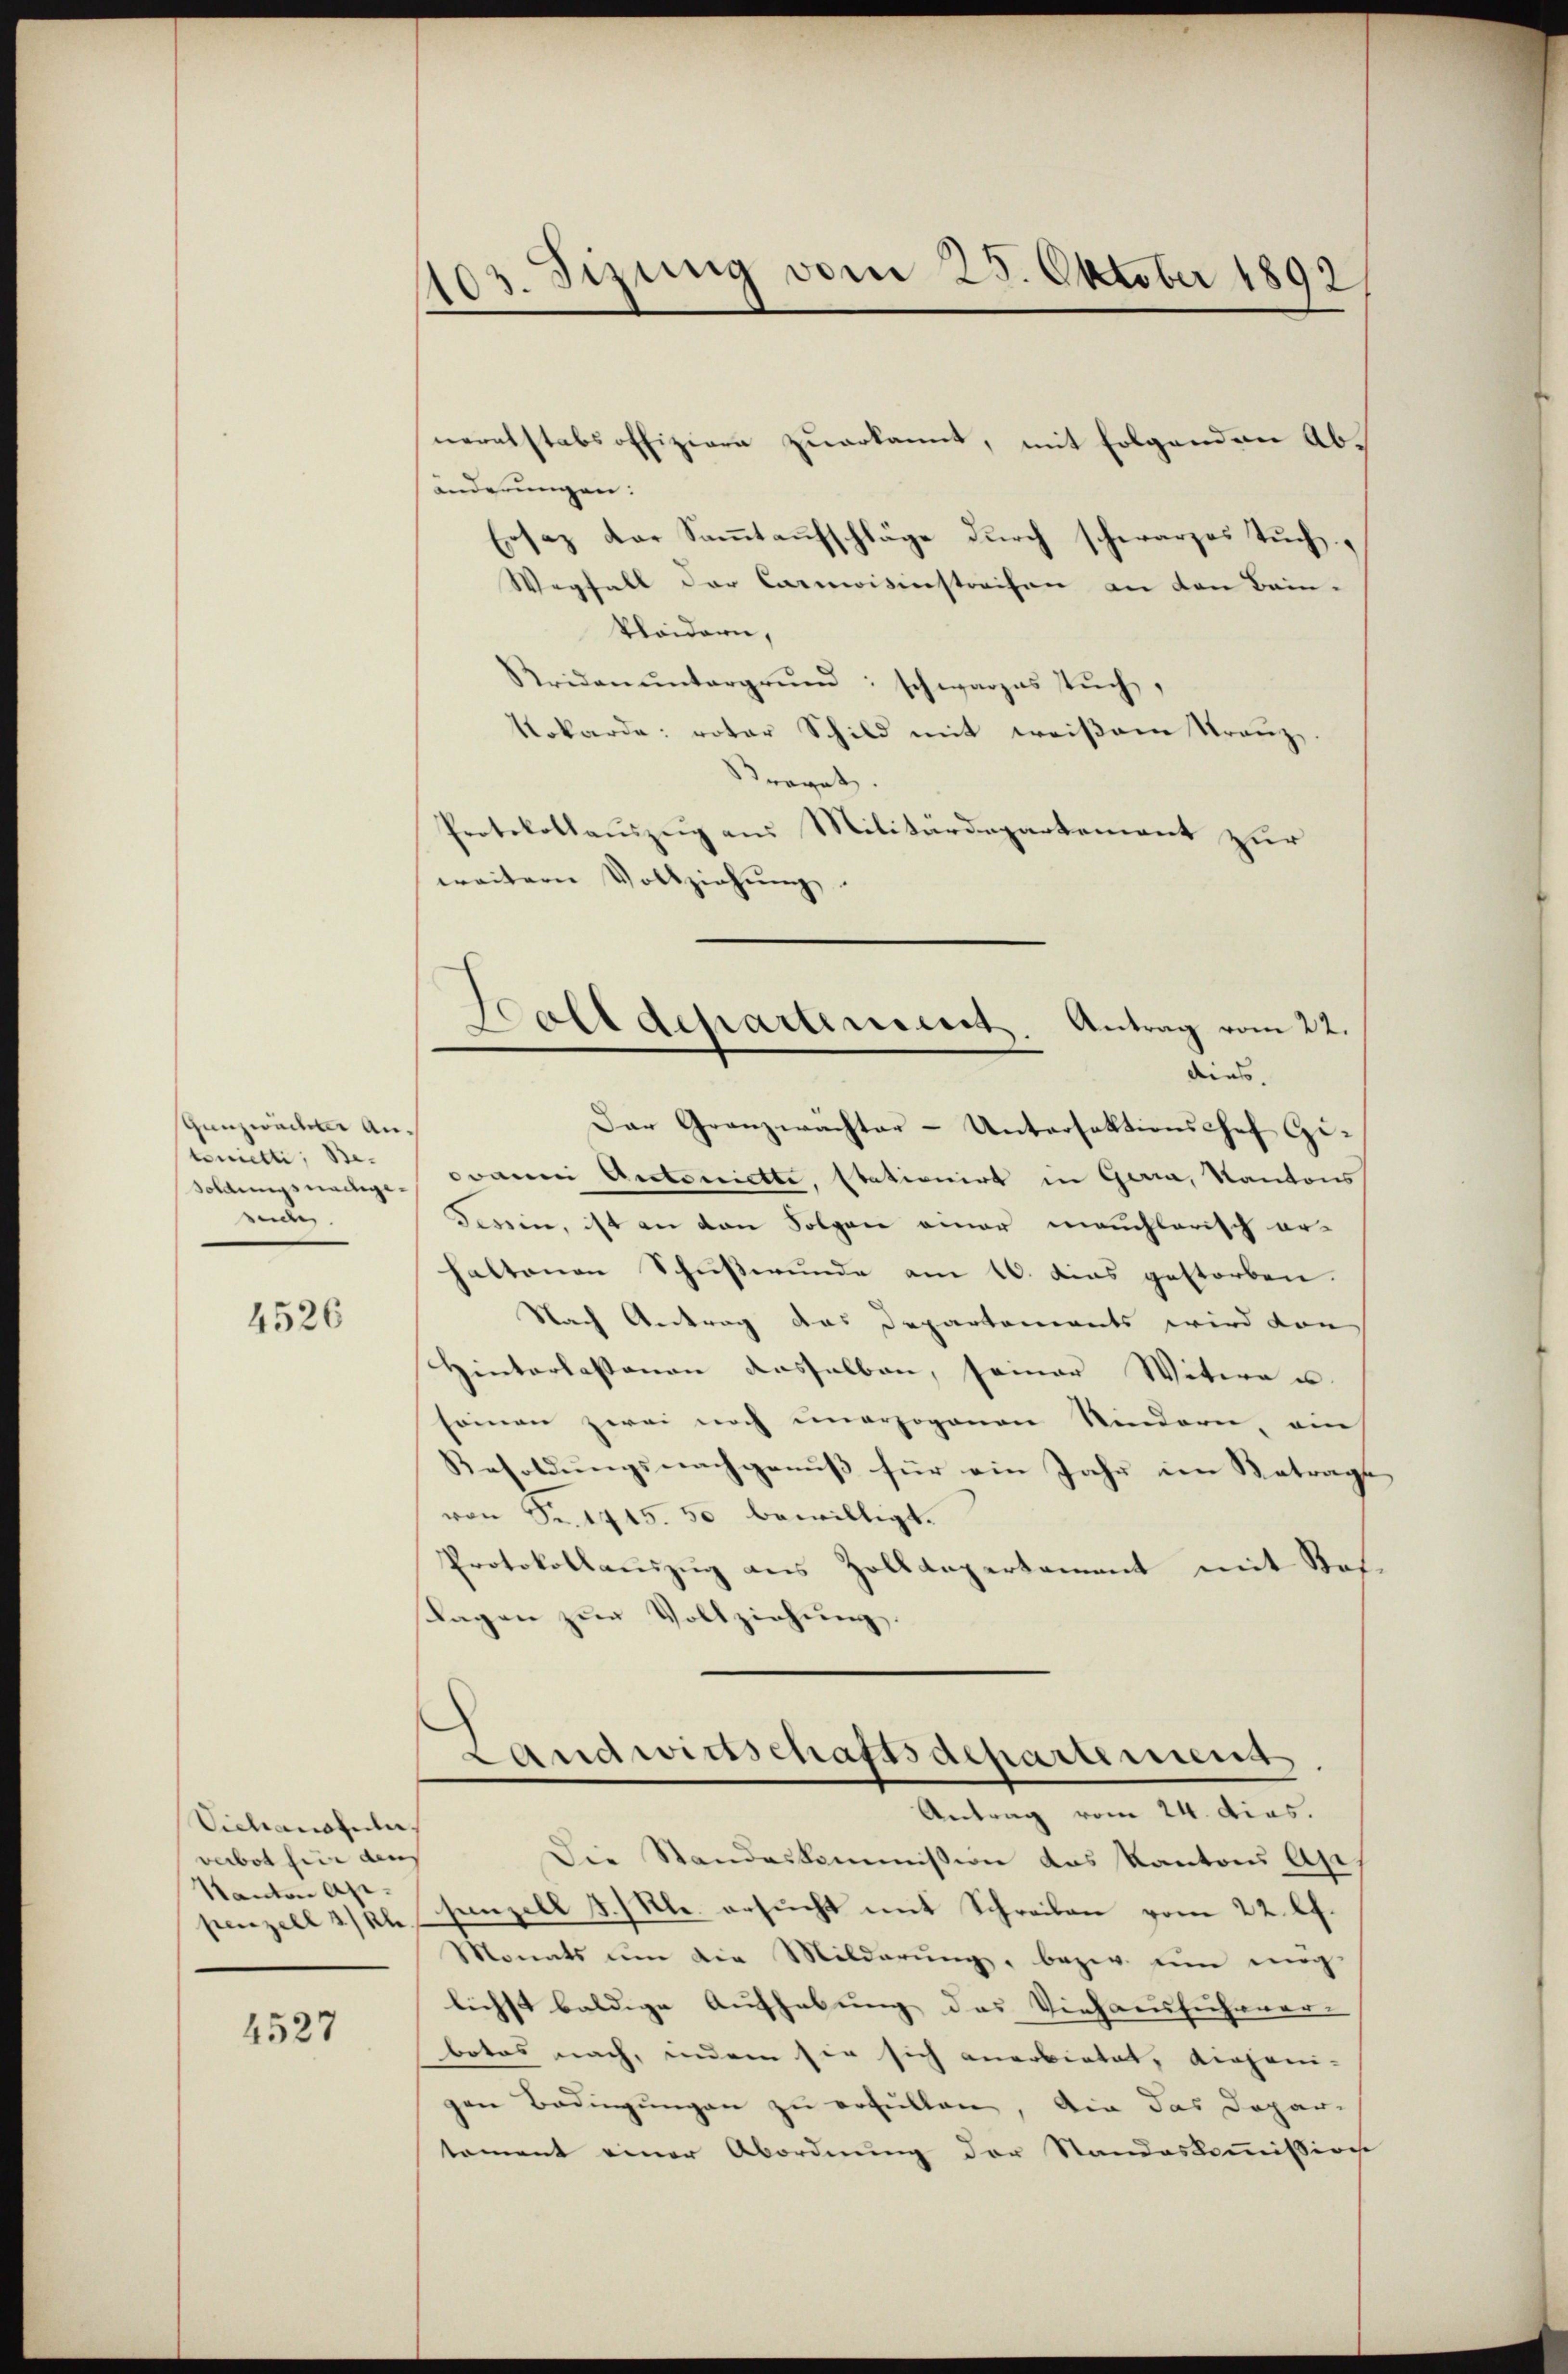
Ganzweiten Anterietti, Besoldungsnachgereide

4526

Vichanotuler,
verbot für den
Kanton Appenzell 3/ kle

4527

103. Sizung vom 25. Oktober 1892

Kalldepartement. Antrag vom 22.
dins.

neralstabsoffizieren zuerkannt, mit folgenden Abänderungen:
Ersatz der Sammtaufschläge durch schwarzes Tuch,
Wegfall der Carmoisinstreifen an den Bein-
klaidern,
Kridanŭntergrŭnd: schwarzes Tŭch,
Nobarde: votar Schild mit weißem Tranz,
Kraget.
Protokollauszug aus Militärdepartement zur
weitern Vollziehŭng.
Der Granzwachter-Unterfektionschef Giwann Antoniette, stationirt in Geria, Kantons
Tessin, ist an den Folgen einer manchlerisch erhaltenen Schußwunde am 16. dies gestorben.
Nach Antrag das Departements wird von
Hinterlassenen dasselben, seiner Witwe u.
sommen zwei noch unerzogenen Sindern, ein
Besoldungsnachgenuß für ein Jahr im Betrage
von Sr. 1445. 50 bewilligt.
Protokollauszug aus Zolldepertement mit Stof
lagen zur Vollziehung.
Landwirtschaftsdepartemens
Antrag vom 24. dies.
Die Standeskommission das Kantons Ap
senzell I. Kl. ersucht mit Schreiben vom 22. l.
Monats um die Milderung, bezw. um mög
lichst baldige Aufhebung des Viehaussichener- |
botos nach, indem sie sich anerbietet, diejeni-
gen Bedingungen zu erfüllen, die das Depar-
tament einer Abordnung der Standeskommissione